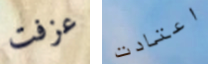
عزفت اعتادت